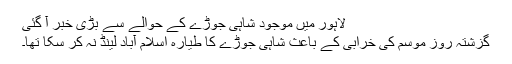
لاہور میں موجود شاہی جوڑے کے حوالے سے بڑی خبر آ گئی
گزشتہ روز موسم کی خرابی کے باعث شاہی جوڑے کا طیارہ اسلام آباد لینڈ نہ کر سکا تھا۔